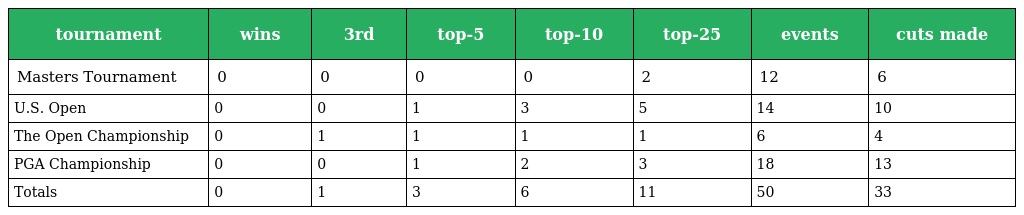
| tournament | wins | 3rd | top-5 | top-10 | top-25 | events | cuts made |
 | --- | --- | --- | --- | --- | --- | --- | --- |
 | Masters Tournament | 0 | 0 | 0 | 0 | 2 | 12 | 6 |
 | U.S. Open | 0 | 0 | 1 | 3 | 5 | 14 | 10 |
 | The Open Championship | 0 | 1 | 1 | 1 | 1 | 6 | 4 |
 | PGA Championship | 0 | 0 | 1 | 2 | 3 | 18 | 13 |
 | Totals | 0 | 1 | 3 | 6 | 11 | 50 | 33 |